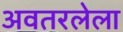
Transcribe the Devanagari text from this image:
अवतरलेला